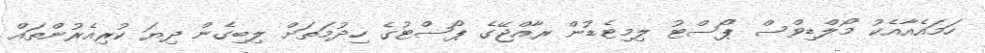
ހަމައެއާއެކު މޯލްޑިވްސް ޕޯސްޓު ލިމިޓެޑުން ރާއްޖޭގެ ޕޯސްޓުގެ ހިދުމަތަށް ލިބިގެން ދިޔަ ކުރިއެރުންތައް